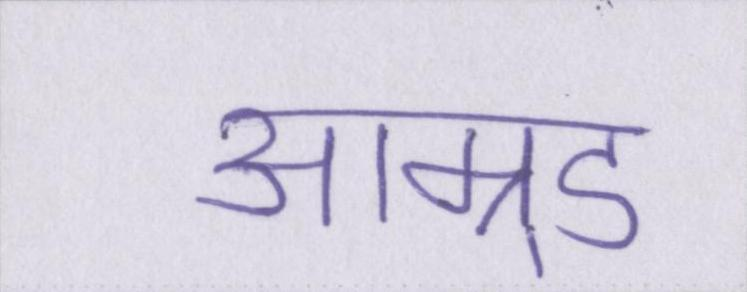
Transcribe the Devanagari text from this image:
आम्र्ड